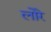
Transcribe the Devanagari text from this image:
लोरे